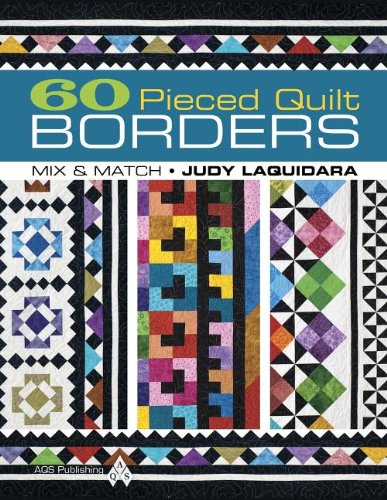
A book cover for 60 Pieced Quilt Borders: Mix & Match; Laquidara; Crafts, Hobbies & Home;